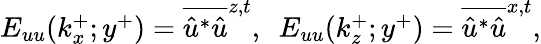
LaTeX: \begin{array}{r}{E_{uu}(k_{x}^{+};y^{+})=\overline{{{\hat{u}}^{\ast}\hat{u}}}^{z,t},~~E_{uu}(k_{z}^{+};y^{+})=\overline{{{\hat{u}}^{\ast}\hat{u}}}^{x,t},}\end{array}